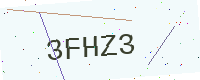
Text: 3FHZ3